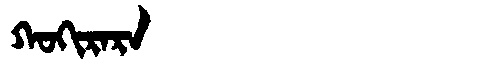
Manchu: ᡴᠣᡴᡳᡵᠠᡵᠠ
Romanization: KOKIRARA